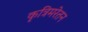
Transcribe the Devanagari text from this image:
कृत्रिमरेतन